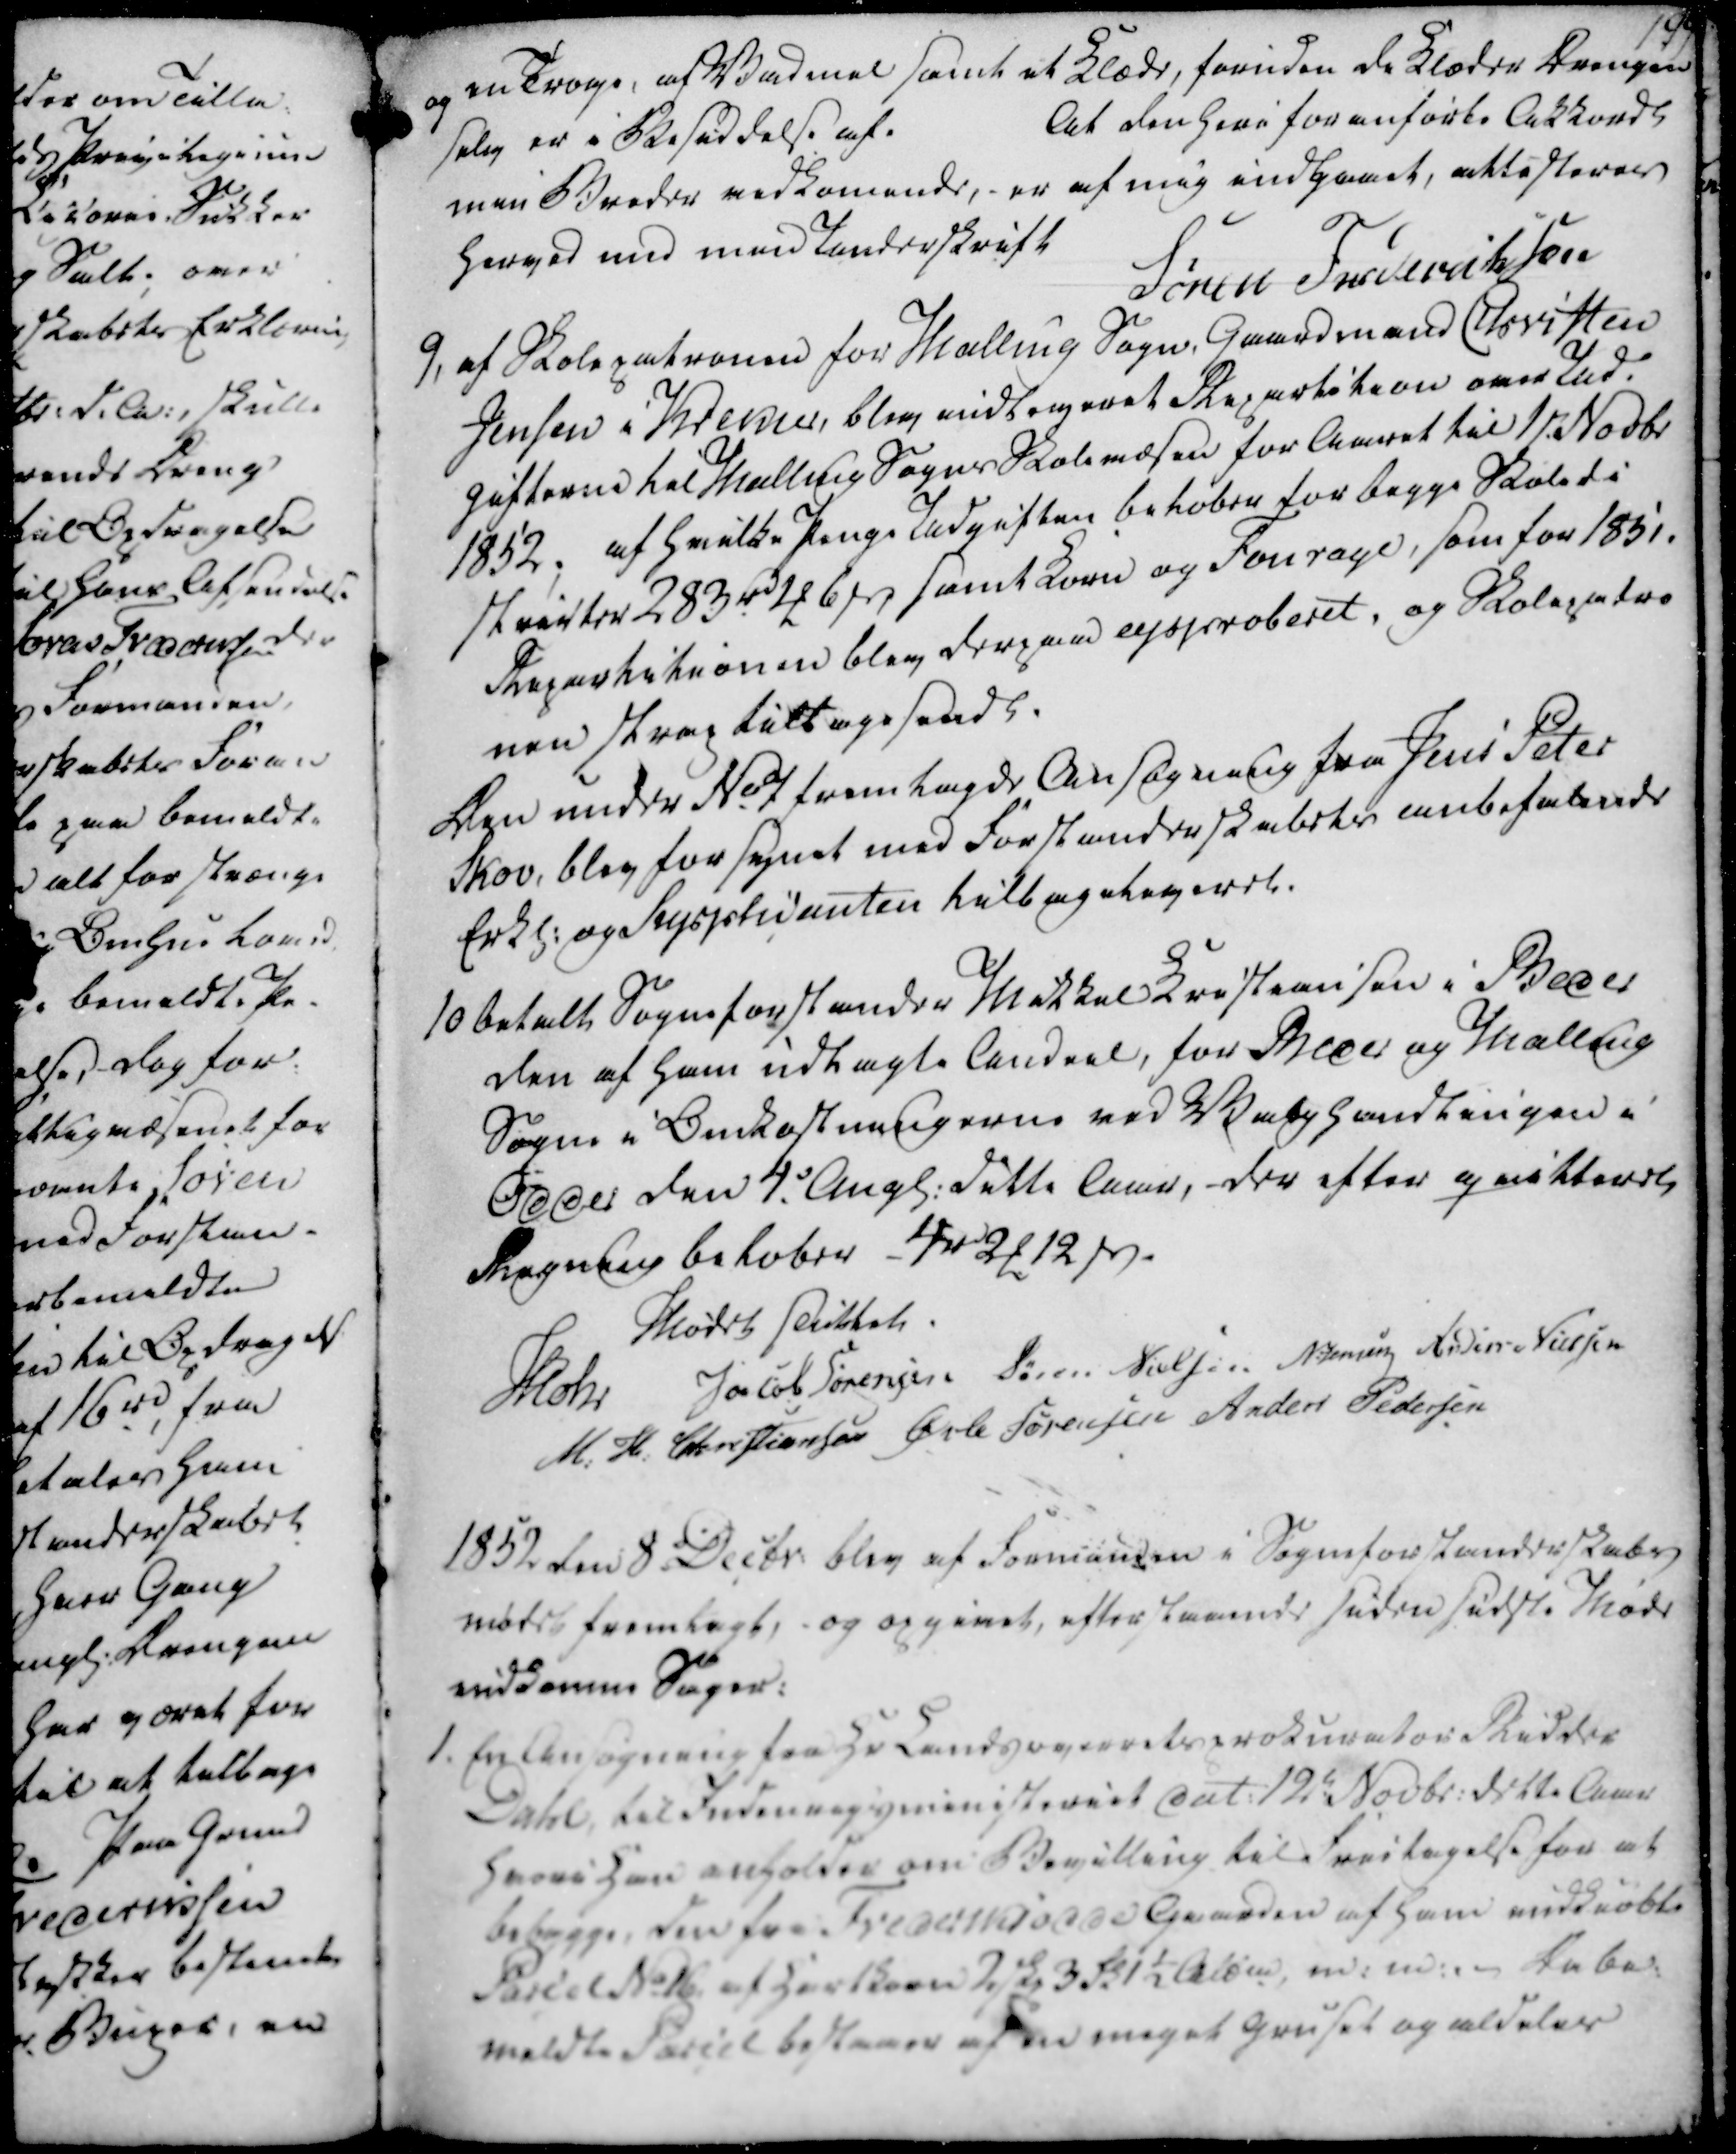
Transskription:
og en Trøye, af Vadmel samt et Klæde, foruden de Klæder Drengen

selv er i Besiddelse af.

At den heri foranførte Akkordl

min Broder vedkomende, er af mig indgaaet, attesterer

herved med min Underskrift

Søren Frederiksen

og en Trøye, af Vadmel samt et Klæde, foruden de Klæder Drengen
selv er i Besiddelse af.
At den heri foranførte Akkordl
min Broder vedkomende, er af mig indgaaet, attesterer
herved med min Underskrift
Søren Frederiksen

9, af Skolepatronen for Malling Sogn, Gaardmand Christen

Jensen i Krekier, blev indleveret Repartition over Ud-

gifterne til Malling Sogns Skolevæsen for Aaret til 1st. Novbr

1852; af hvilke Penge Udgiften beløber for begge Skoledi

stricter 283 rd 2 ₻ 6 ẞ, samt Korn og Fourage, som for 1851.

Repartitionen blev derpaa approberet, og Skolepatro

nen strax tilbagesendt.

Den under No 7 fremlagde Ansøgning fra Jens Peter

Skov, blev forsynet med Forstanderskabets anbefalende

Erkl. og Sepptidanten tilbageleveret.

9, af Skolepatronen for Malling Sogn, Gaardmand Christen
Jensen i Krekier, blev indleveret Repartition over Ud-
gifterne til Malling Sogns Skolevæsen for Aaret til 1st. Novbr
1852; af hvilke Penge Udgiften beløber for begge Skoledi
stricter 283 rd 2 ₻ 6 ẞ, samt Korn og Fourage, som for 1851.
Repartitionen blev derpaa approberet, og Skolepatro
nen strax tilbagesendt.
Den under No 7 fremlagde Ansøgning fra Jens Peter
Skov, blev forsynet med Forstanderskabets anbefalende
Erkl. og Sepptidanten tilbageleveret.

10 betalt Sogneforstander Mikkel Kristiansen i Beder

den af ham udlagte Andeel, for Beder og Malling

Sogne i Omkostningerne ved Valghandlingen i

Odder den 4. Angl. ditto Aar, der efter qvitteret

Regning beløber 4 rd 2 ₻ 12 ẞ.

10 betalt Sogneforstander Mikkel Kristiansen i Beder
den af ham udlagte Andeel, for Beder og Malling
Sogne i Omkostningerne ved Valghandlingen i
Odder den 4. Angl. ditto Aar, der efter qvitteret
Regning beløber 4 rd 2 ₻ 12 ẞ.

Mødet sluttet.

Mohr

Jacob Sørensen

Søren Nielsen

N. Jensen

Anders Nielsen

M. H. Christiansen

Øvle Sørensen

Anders Pedersen

Mødet sluttet.
Mohr
Jacob Sørensen
Søren Nielsen
N. Jensen
Anders Nielsen
M. H. Christiansen
Øvle Sørensen
Anders Pedersen

1852 den 8. Decbr. blev af Formanden i Sogneforstanderskabs

mødet fremlagt, - og opgivet, efterstaaende siden sidste Møde

indkomne Sager:

1852 den 8. Decbr. blev af Formanden i Sogneforstanderskabs
mødet fremlagt, - og opgivet, efterstaaende siden sidste Møde
indkomne Sager:

1. En Ansøgning fra Hr Landsoverretsprocurator Ridder

Dahl, til Indenrigsministeriet dat. 12t. Novbr. dette Aar

hvori Han anholder om Bevilling til Frietagelse for at

bebygge, den fra Frederiksodde Gaarden af ham indkiøbte

Parcel No 16, af Hartkorn 2 Skp 3 Fk 1½ Album, m.m. - Da be-

meldte Parcel bestaaer af en meget Gruset og aldeles

1. En Ansøgning fra Hr Landsoverretsprocurator Ridder
Dahl, til Indenrigsministeriet dat. 12t. Novbr. dette Aar
hvori Han anholder om Bevilling til Frietagelse for at
bebygge, den fra Frederiksodde Gaarden af ham indkiøbte
Parcel No 16, af Hartkorn 2 Skp 3 Fk 1½ Album, m.m. - Da be-
meldte Parcel bestaaer af en meget Gruset og aldeles